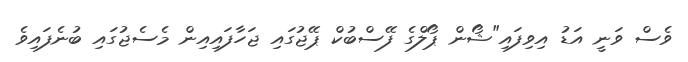
ވެސް ވަނީ އަޑު އިވިފައި"ޝޯން ޕޯލްގެ ފޭސްބުކް ޕޭޖުގައި ޖަހާފައިއިން މެސެޖުގައި ބުނެފައިވެ